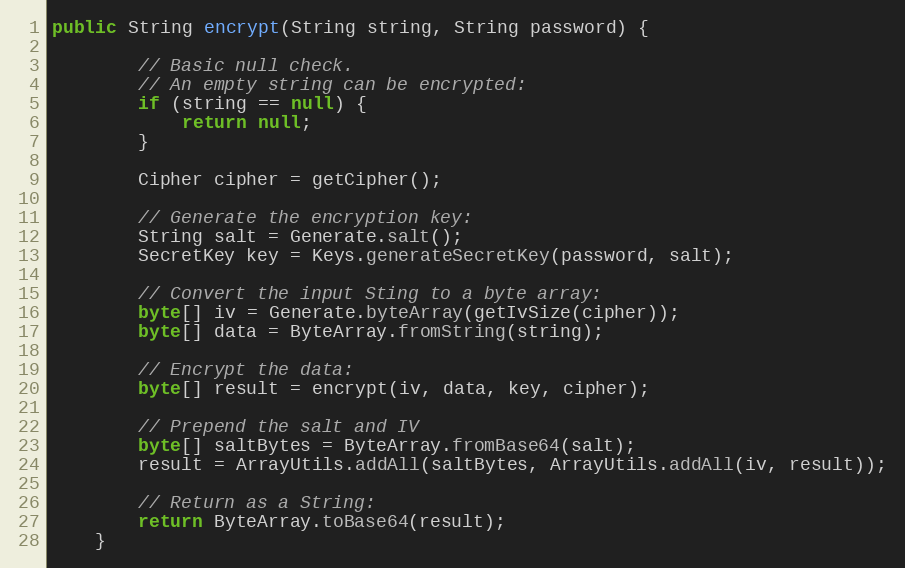
Language: Java
public String encrypt(String string, String password) {

        // Basic null check.
        // An empty string can be encrypted:
        if (string == null) {
            return null;
        }

        Cipher cipher = getCipher();

        // Generate the encryption key:
        String salt = Generate.salt();
        SecretKey key = Keys.generateSecretKey(password, salt);

        // Convert the input Sting to a byte array:
        byte[] iv = Generate.byteArray(getIvSize(cipher));
        byte[] data = ByteArray.fromString(string);

        // Encrypt the data:
        byte[] result = encrypt(iv, data, key, cipher);

        // Prepend the salt and IV
        byte[] saltBytes = ByteArray.fromBase64(salt);
        result = ArrayUtils.addAll(saltBytes, ArrayUtils.addAll(iv, result));

        // Return as a String:
        return ByteArray.toBase64(result);
    }